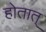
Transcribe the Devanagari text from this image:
होतात्